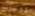
ووجدت